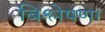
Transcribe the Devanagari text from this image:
बिश्लेषणा